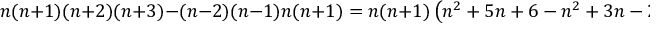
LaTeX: n ( n + 1 ) ( n + 2 ) ( n + 3 ) - ( n - 2 ) ( n - 1 ) n ( n + 1 ) = n ( n + 1 ) \left( n ^ { 2 } + 5 n + 6 - n ^ { 2 } + 3 n - 2 \right) = n ( n + 1 ) ( 8 n + 4 )